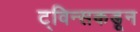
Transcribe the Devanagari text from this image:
ट्विन्सकडून